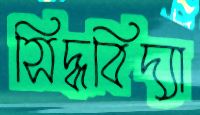
সিদ্ধবিদ্যা